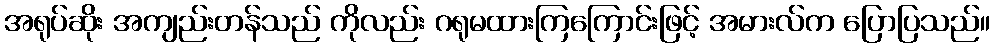
အရုပ်ဆိုး အကျည်းတန်သည် ကိုလည်း ဂရုမထားကြကြောင်းဖြင့် အမားလ်က ပြောပြသည်။